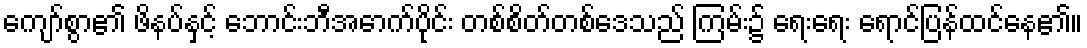
ကျော်စွာ၏ ဖိနပ်နှင့် ဘောင်းဘီအောက်ပိုင်း တစ်စိတ်တစ်ဒေသည် ကြမ်း၌ ရေးရေး ရောင်ပြန်ထင်နေ၏။